Eesti_Toorahva_Kommuun, lk 29
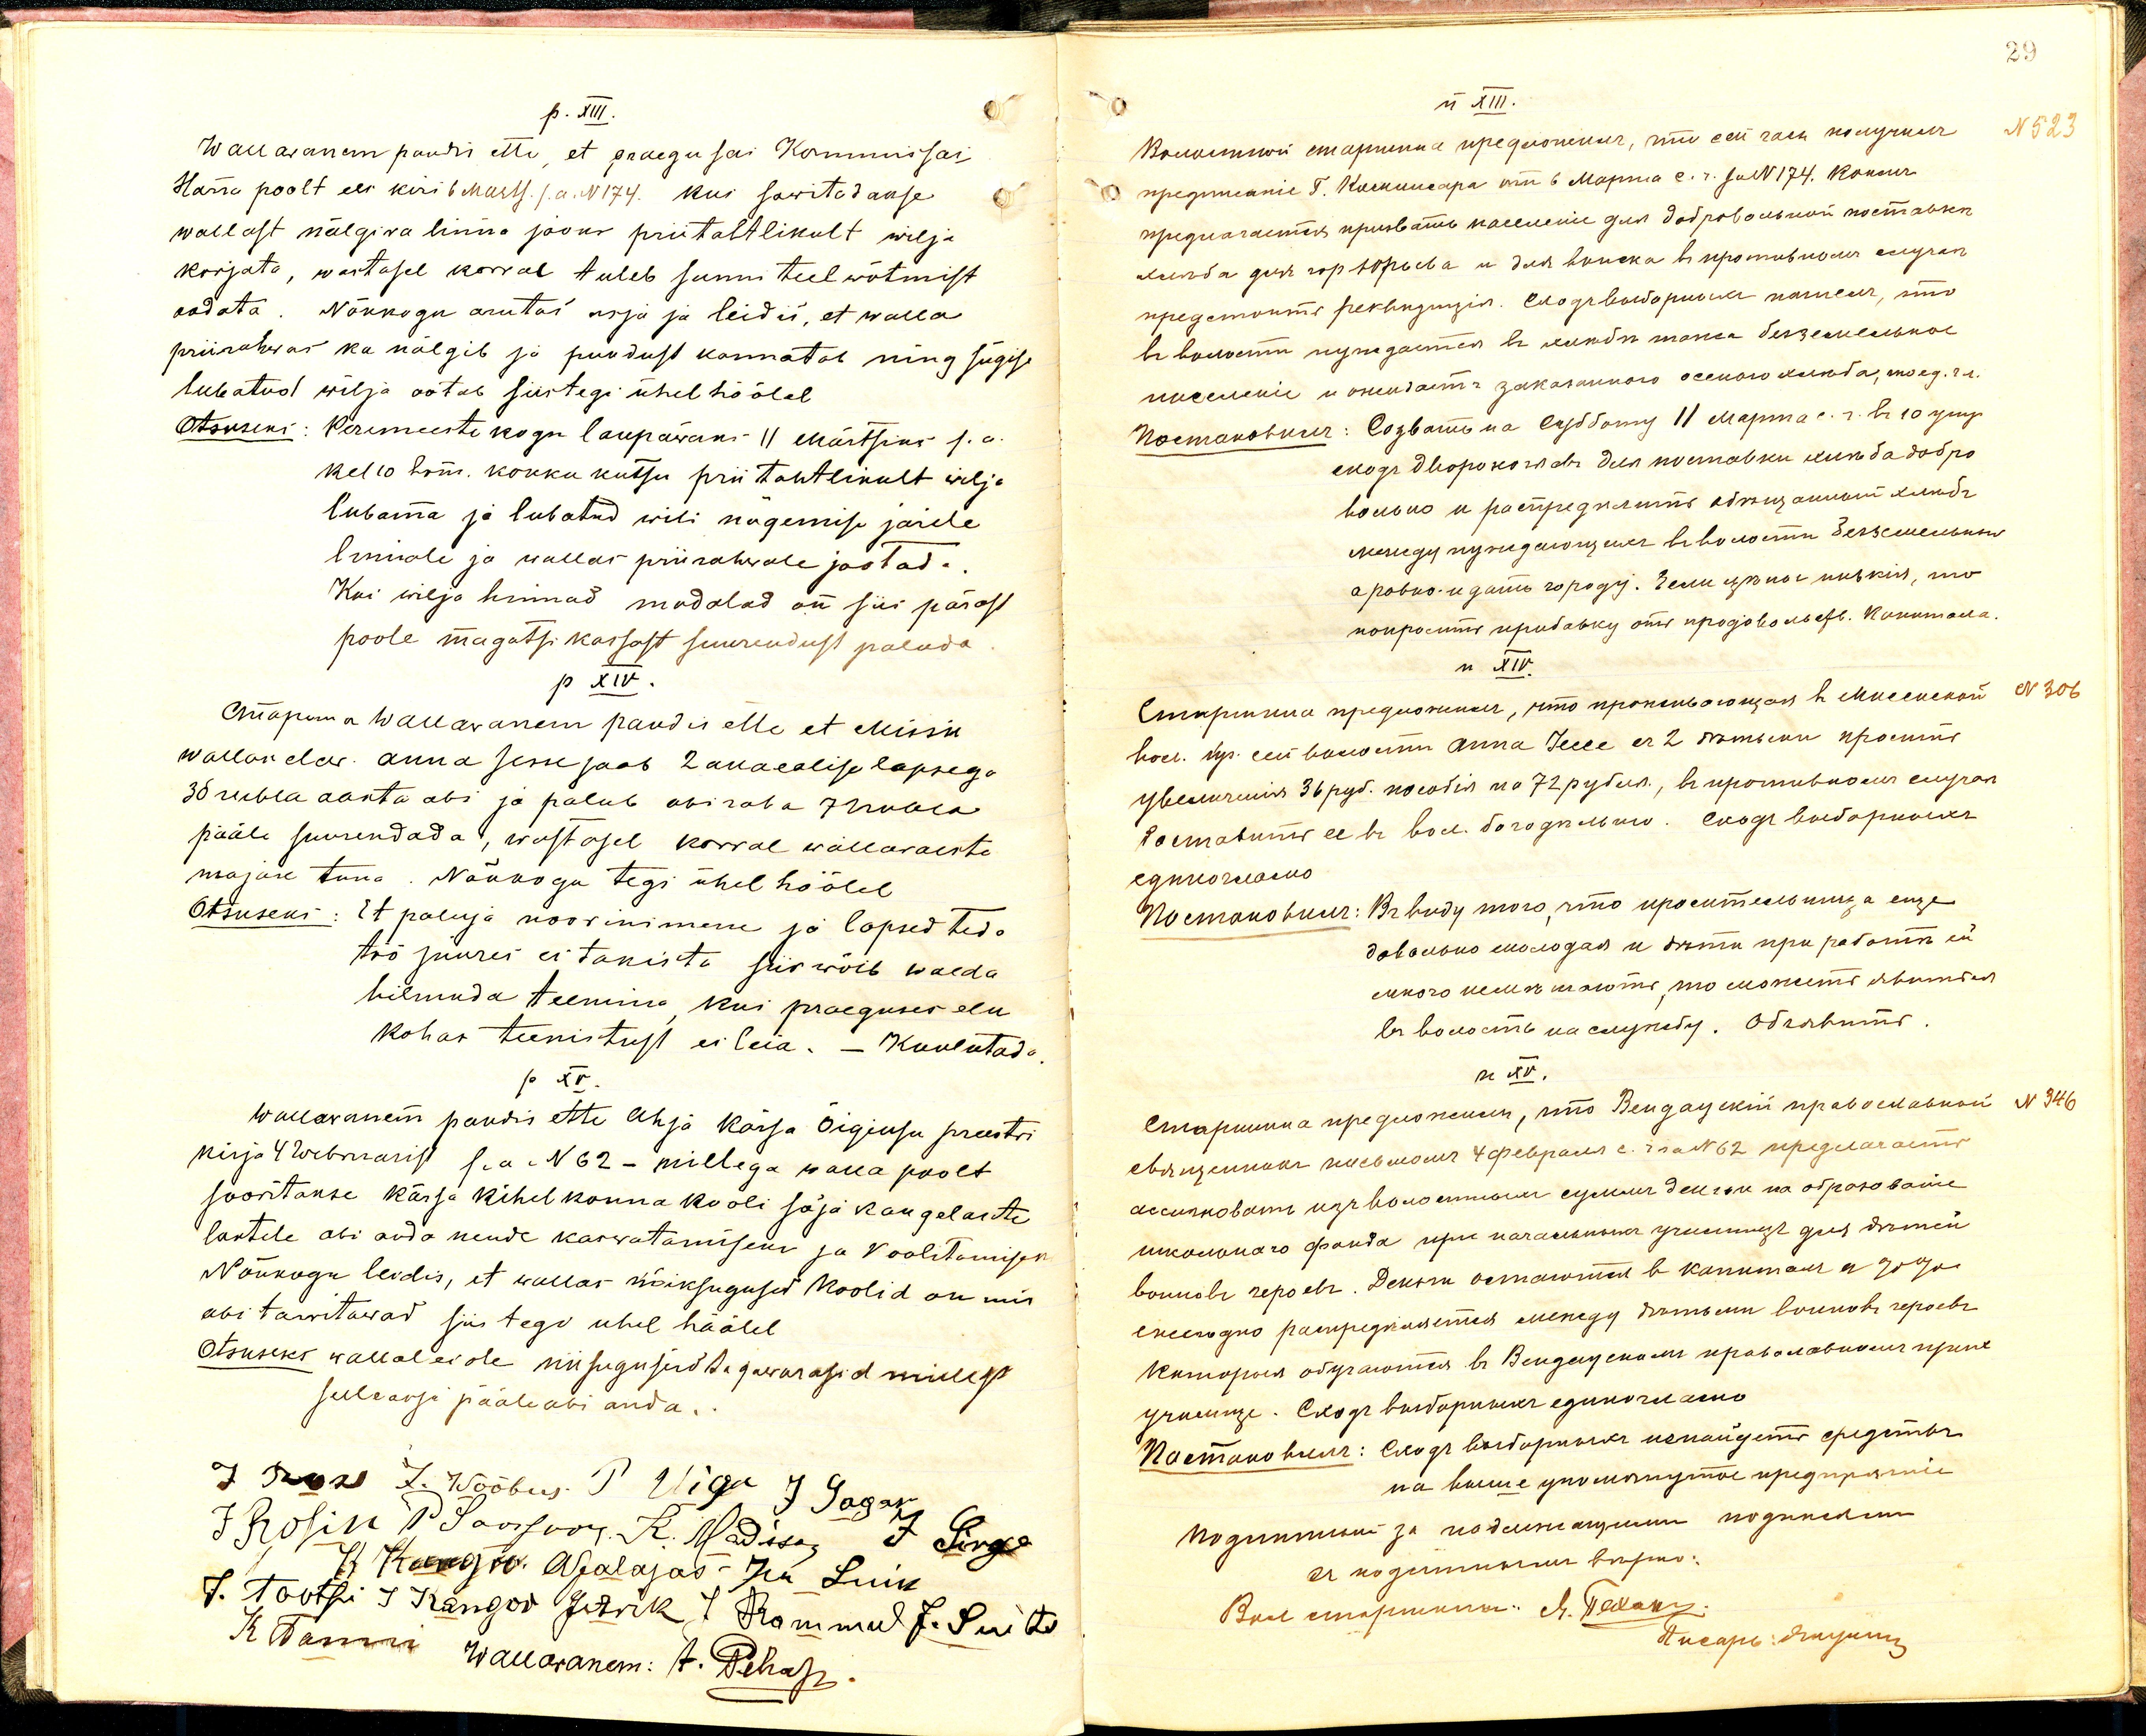
p. XIII.
Wallawanem pandi ette, et praegu sai Kommissar
Härra poolt ees kiri 6 Marts. s.a. N174. Kui tarwitadakse
wallast nälgiva linna jaoks priitahtlikult wilja
korjata, wastasel korral tuleb sunni teel wõtmist
oodata. Nõukogu arutas asja ja leidis, et walla
priirahvas ka nälgib ja puudust kannatab ning sügise
lubatud wilja ootab siis tegi ühel häälel
Otsuseks: Peremeeste kogu laupäewaks 11. Märtsiks s.a.
kel 10 hom. kokku kutsu prii tahtlikult wilja
lubama ja lubatud wili nägemise järele
linnale ja wallas priirahwale jaotada.
Kui wilja hinnad madalad on siis pärast
poole magatsi kassast suurendust paluda
p XIV.
Mäpuma wallawanem pandis ette et Missin
wallas elaw Anna Jesse saab 2 alaealise lapsega
36 rubla aasta abi ja palub abiraha 7 rubla
pääle suurendada, wastasel korral wallawaeste
majase tuua. Nõukogu tegi ühel häälel,
Otsuseks: Et paluja noor inimene ja lapsed teda
töö juures ei takista siis wõib walda
hilmuda teenima kui praeguses elu
kohas teenistust ei leia. - Kuulutada
p XV.
Wallawanem pandis ette Ahja Kärsa Õigiusu preestri
kirja 4 Webruarist s.a. N 62 - millega walla poolt
soovitakse Kärsa kihelkonna kooli sõja kangelaste
lastele abi anda nende kaswatamiseks ja koolitamiseks
Nõukogu leidis, et wallas kõiksugused koolid on mis
abi tarwitawad siis tegi ühel häälel
Otsuseks wallal ei ole niisuguseid tagawarasid milleks
selle asja pääle abi anda.
7 rub. J. Wõõbus P. Wiga J.oggokl Post
Frosin P. Jaoskog. K. Madisa, T. Arge
5) Et Kangto Asalajas In Luik
8. Tootsi I Kangov Jürrik J Rammul J. Puiti
K Tammi
K Tänni Wallawanem: t. Pehap.